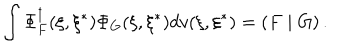
LaTeX: \int \Phi _ { F } ^ { \dagger } ( \xi , \xi ^ { * } ) \Phi _ { G } ( \xi , \xi ^ { * } ) d v ( \xi , \xi ^ { * } ) = \left( F \mid G \right) .